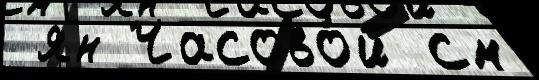
 ян Часово́й см